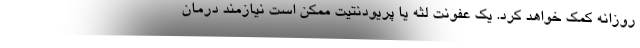
روزانه کمک خواهد کرد. یک عفونت لثه یا پریودنتیت ممکن است نیازمند درمان